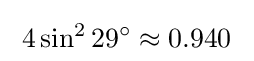
\;4\sin ^{2}29^{\circ }\approx 0.940\